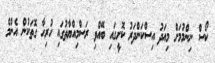
ކޯސް ނިންމުމަށް މިއަދު އިސްކަންދަރު ކޮށީގައި ބޭއްވި ރަސްމިއްޔާތުގައި ހުރިހާ ގޮތަކުން އެންމެ